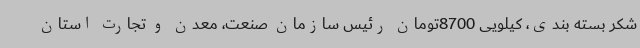
شکر بسته بندی، کیلویی 8700تومان رئیس سازمان صنعت، معدن و تجارت استان